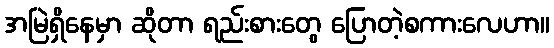
အမြဲရှိနေမှာ ဆိုတာ ရည်းစားတွေ ပြောတဲ့စကားလေဟာ။